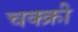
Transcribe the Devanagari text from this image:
चक्क्री